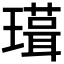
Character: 𭺃